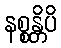
နစ္စန္တိပိ